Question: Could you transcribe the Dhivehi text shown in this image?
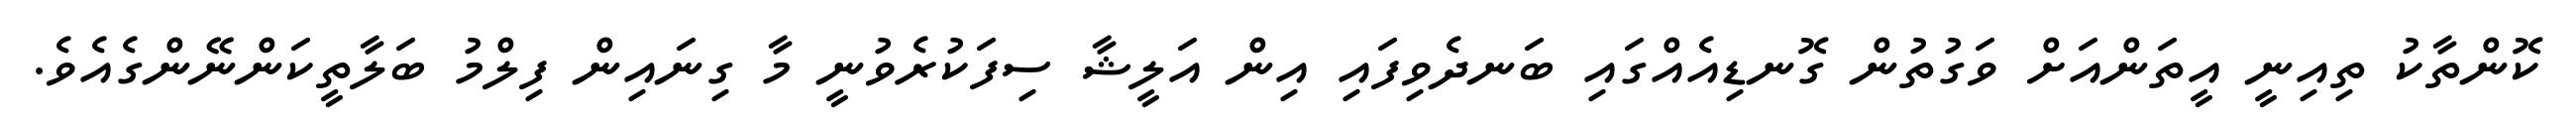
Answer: ކޮންތާކު ތިއިނީ އީތަންއަށް ވަގުތުން ގޮނޑިއެއްގައި ބަނދެވިފައި އިން އަލީޝާ ސިފަކުރެވުނީ މާ ގިނައިން ފިލްމު ބަލާތީކަންނޭންގެއެވެ.